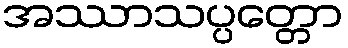
အဿာသပ္ပတ္တော